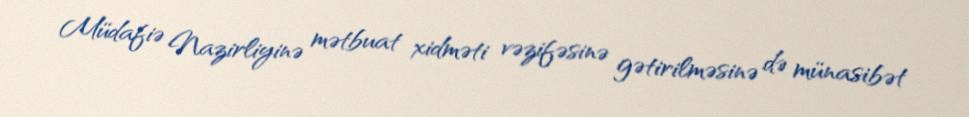
Müdafiə Nazirliyinə mətbuat xidməti vəzifəsinə gətirilməsinə də münasibət